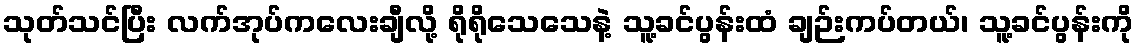
သုတ်သင်ပြီး လက်အုပ်ကလေးချီလို့ ရိုရိုသေသေနဲ့ သူ့ခင်ပွန်းထံ ချဉ်းကပ်တယ်၊ သူ့ခင်ပွန်းကို